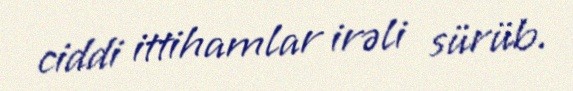
ciddi ittihamlar irəli sürüb.